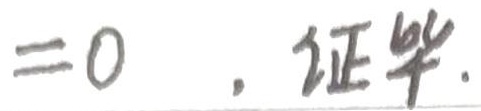
$=0$ ，证毕.